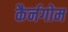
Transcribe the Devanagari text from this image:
कैर्नगोम